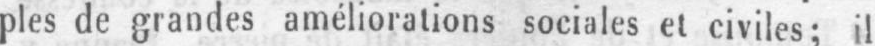
ples de grandes améliorations sociales et civiles; il